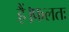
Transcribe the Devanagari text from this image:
हैं।फलतः